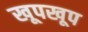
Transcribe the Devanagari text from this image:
खूपखूप